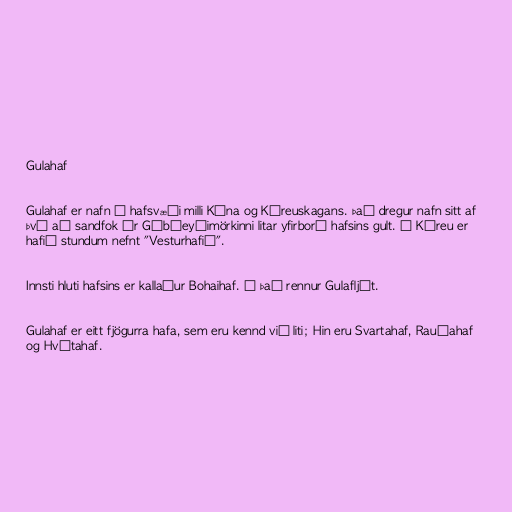
Gulahaf

Gulahaf er nafn á hafsvæði milli Kína og Kóreuskagans. Það dregur nafn sitt af
því að sandfok úr Góbíeyðimörkinni litar yfirborð hafsins gult. Í Kóreu er
hafið stundum nefnt "Vesturhafið".

Innsti hluti hafsins er kallaður Bohaihaf. Í það rennur Gulafljót.

Gulahaf er eitt fjögurra hafa, sem eru kennd við liti; Hin eru Svartahaf, Rauðahaf
og Hvítahaf.